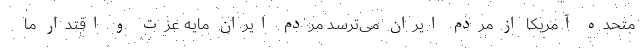
متحده آمریکا از مردم ایران می‌ترسد مردم ایران مایه عزت و اقتدار ما